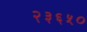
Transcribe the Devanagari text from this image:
२३६५०